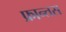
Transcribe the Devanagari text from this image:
फ्रान्तस